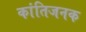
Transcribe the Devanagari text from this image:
कांतिजनक